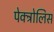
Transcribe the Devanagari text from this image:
पेक्ट्रोलिस